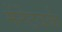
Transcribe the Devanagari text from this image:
मेंनेटवर्क